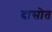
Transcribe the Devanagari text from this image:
दासोत